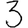
Digit: 3